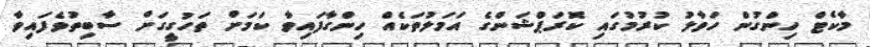
މާކެޓް ހިންގުން ހަވާލު ކުރުމުގައި ކޮރަޕްޝަންގެ އަމަލުތަކެއް ހިންގާފައިވާ ކަމަށް ތަހުގީގަށް ސާބިތުވެފައިވާ